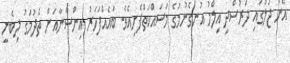
އޭނަ ޖަލުގައި ދަރުސްދީ އިލްމު އުނގެނުމުގެ މަސައްކަތްފެށިއެވެ. ބައެއްފަހަރު އިންސާނާއަށް ތެދުމަގު ލިބެނީ